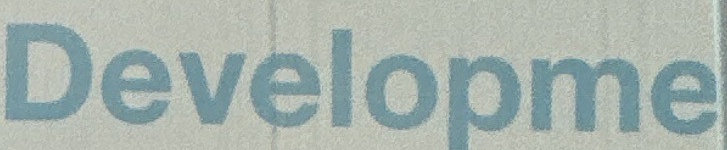
Developme